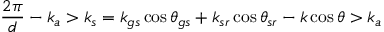
\frac { 2 \pi } { d } - k _ { a } > k _ { s } = k _ { g s } \cos { \theta _ { g s } } + k _ { s r } \cos { \theta _ { s r } } - k \cos { \theta } > k _ { a }